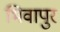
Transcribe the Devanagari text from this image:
भिवापुर